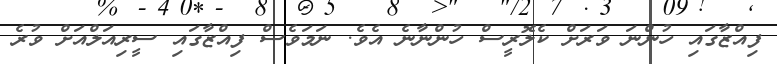
ފިއްޒާގައި ހުންނަ ވަރަށް ކެލޮރީސް ހުންނާނެ އެވެ. ނަމަވެސް ފިއްޒާގައި ސީރިއަލްއަށް ވުރެ